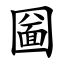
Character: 圙